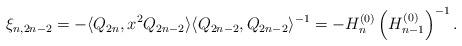
LaTeX: \begin{align*}\xi_{n,2n-2}=-\langle Q_{2n},x^2Q_{2n-2}\rangle\langle Q_{2n-2},Q_{2n-2}\rangle^{-1}=-H_{n}^{(0)}\left(H_{n-1}^{(0)}\right)^{-1}.\end{align*}